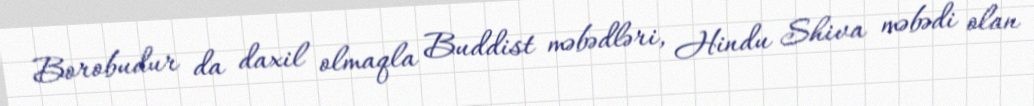
Borobudur da daxil olmaqla Buddist məbədləri, Hindu Shiva məbədi olan